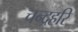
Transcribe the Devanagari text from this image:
चन्द्रहरि